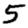
Digit: 5